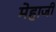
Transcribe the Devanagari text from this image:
मेहाजी